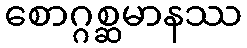
စောဂ္ဂစ္ဆမာနဿ